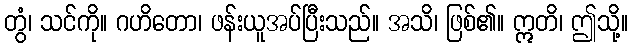
တွံ၊ သင်ကို။ ဂဟိတော၊ ဖန်းယူအပ်ပြီးသည်။ အသိ၊ ဖြစ်၏။ ဣတိ၊ ဤသို့။